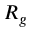
R _ { g }